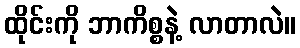
ထိုင်းကို ဘာကိစ္စနဲ့ လာတာလဲ။